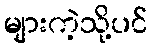
များကဲ့သို့ပင်